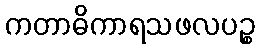
ကတာဓိကာရသဖလပဉ္စ